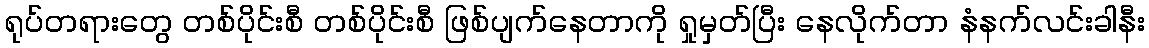
ရုပ်တရားတွေ တစ်ပိုင်းစီ တစ်ပိုင်းစီ ဖြစ်ပျက်နေတာကို ရှုမှတ်ပြီး နေလိုက်တာ နံနက်လင်းခါနီး